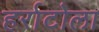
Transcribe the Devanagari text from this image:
हर्राटोला